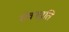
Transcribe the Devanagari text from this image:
सेवनवृति